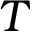
T